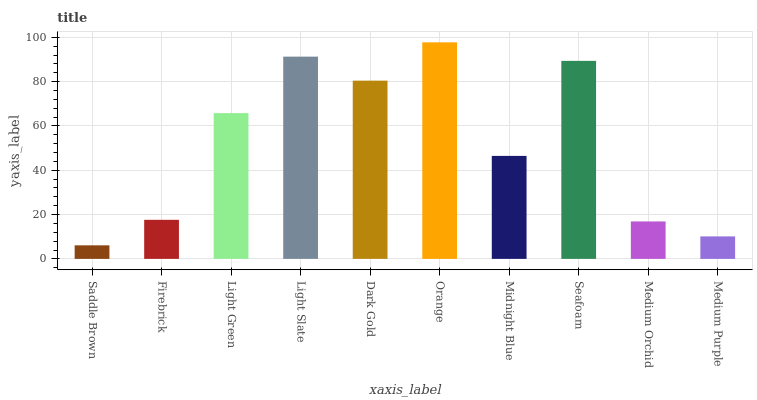
| xaxis_label | bars |
 | --- | --- |
 | Saddle Brown | 6.12 |
 | Firebrick | 17.6 |
 | Light Green | 65.8 |
 | Light Slate | 91.3 |
 | Dark Gold | 80.5 |
 | Orange | 97.7 |
 | Midnight Blue | 46.5 |
 | Seafoam | 89.4 |
 | Medium Orchid | 16.9 |
 | Medium Purple | 10.2 |